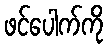
ဖင်ပေါက်ကို